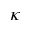
\kappa